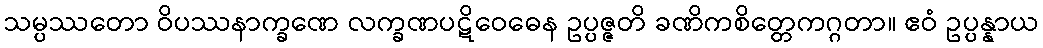
သမ္ပဿတော ဝိပဿနာက္ခဏေ လက္ခဏပဋိဝေဓေန ဥပ္ပဇ္ဇတိ ခဏိကစိတ္တေကဂ္ဂတာ။ ဧဝံ ဥပ္ပန္နာယ